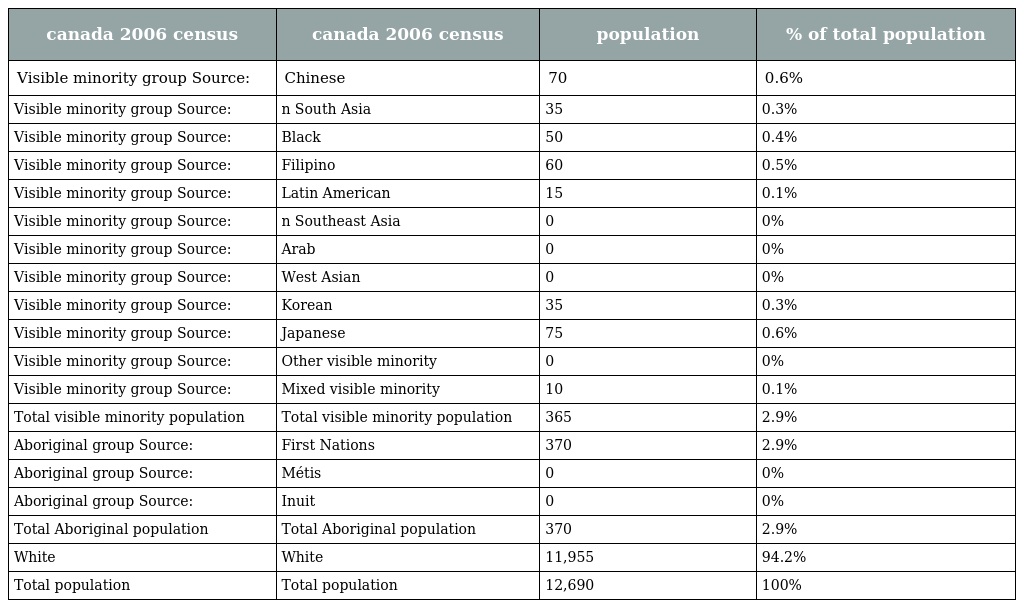
| canada 2006 census | canada 2006 census | population | % of total population |
 | --- | --- | --- | --- |
 | Visible minority group Source: | Chinese | 70 | 0.6% |
 | Visible minority group Source: | n South Asia | 35 | 0.3% |
 | Visible minority group Source: | Black | 50 | 0.4% |
 | Visible minority group Source: | Filipino | 60 | 0.5% |
 | Visible minority group Source: | Latin American | 15 | 0.1% |
 | Visible minority group Source: | n Southeast Asia | 0 | 0% |
 | Visible minority group Source: | Arab | 0 | 0% |
 | Visible minority group Source: | West Asian | 0 | 0% |
 | Visible minority group Source: | Korean | 35 | 0.3% |
 | Visible minority group Source: | Japanese | 75 | 0.6% |
 | Visible minority group Source: | Other visible minority | 0 | 0% |
 | Visible minority group Source: | Mixed visible minority | 10 | 0.1% |
 | Total visible minority population | Total visible minority population | 365 | 2.9% |
 | Aboriginal group Source: | First Nations | 370 | 2.9% |
 | Aboriginal group Source: | Métis | 0 | 0% |
 | Aboriginal group Source: | Inuit | 0 | 0% |
 | Total Aboriginal population | Total Aboriginal population | 370 | 2.9% |
 | White | White | 11,955 | 94.2% |
 | Total population | Total population | 12,690 | 100% |